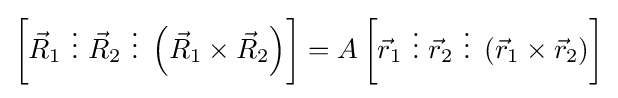
\left[{\vec {R}}_{1}~\vdots ~{\vec {R}}_{2}~\vdots ~\left({\vec {R}}_{1}\times {\vec {R}}_{2}\right)\right]=A\left[{\vec {r}}_{1}~\vdots ~{\vec {r}}_{2}~\vdots ~\left({\vec {r}}_{1}\times {\vec {r}}_{2}\right)\right]